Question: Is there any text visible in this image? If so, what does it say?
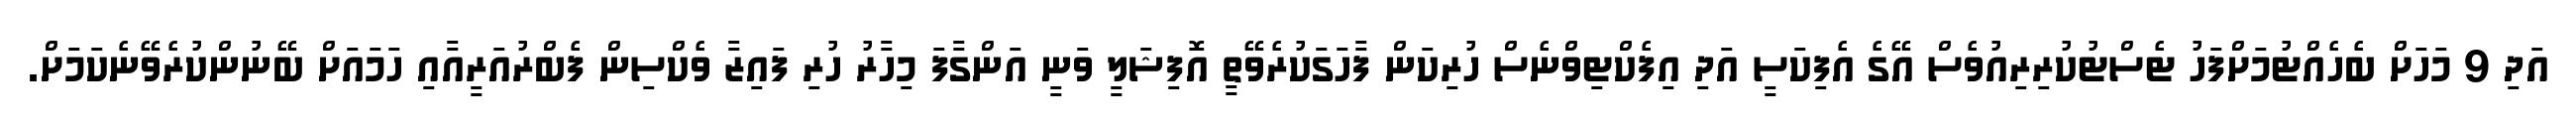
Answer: އަދި 9 މަހަށް ބެހެއްޓުމަށްފަހު ޓެސްޓުކުރިރިއުވެސް އޭގެ އެފިކަސީ އަދި އިފެކްޓިވްނެސް ހުރިކަން ފާހަގަކުރެވޭތީ އޮފިޝަލީ ވަނީ އަންގާފަ މިހާރު ހުރި ފައިޒާ ވެކްސިން ފެބްރުއަރީއާއި ހަމައަށް ބޭނުންކުރެވޭނެކަމަށް.